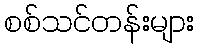
စစ်သင်တန်းများ